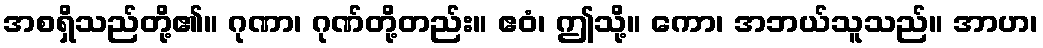
အစရှိသည်တို့၏။ ဂုဏာ၊ ဂုဏ်တို့တည်း။ ဧဝံ၊ ဤသို့။ ကော၊ အဘယ်သူသည်။ အာဟ၊